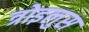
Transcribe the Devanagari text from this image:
त्रोइलुस